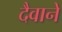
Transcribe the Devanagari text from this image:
दैवानें